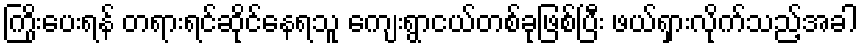
ကြိုးပေးရန် တရားရင်ဆိုင်နေရသူ ကျေးရွာငယ်တစ်ခုဖြစ်ပြီး ဖယ်ရှားလိုက်သည့်အခါ